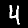
Label: 4